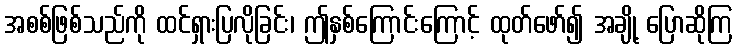
အစစ်ဖြစ်သည်ကို ထင်ရှားပြလိုခြင်း၊ ဤနှစ်ကြောင်းကြောင့် ထုတ်ဖော်၍ အချို့ ပြောဆိုကြ